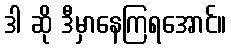
ဒါ ဆို ဒီမှာနေကြရအောင်။